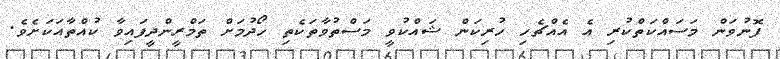
ފޮނުވަން މަސައްކަތްކުރި އެ އެއްޗެހި ހުރިކަން ޝައްކުވީ މަސްތުވާތަކެތި ހޯދުމަށް ތަމްރީންދީފައިވާ ކުއްތާއަކަށެވެ.